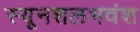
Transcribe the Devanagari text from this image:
स्यूनशलभवंश